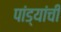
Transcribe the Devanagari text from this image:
पांड्यांची